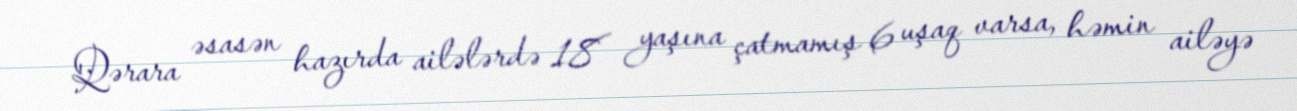
Qərara əsasən hazırda ailələrdə 18 yaşına çatmamış 6 uşaq varsa, həmin ailəyə